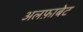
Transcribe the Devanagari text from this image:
अलफ़ाबेट